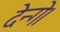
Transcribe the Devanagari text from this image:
देन्गे।